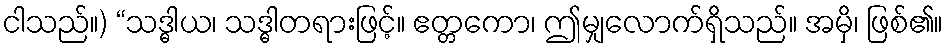
ငါသည်။) “သဒ္ဓါယ၊ သဒ္ဓါတရားဖြင့်။ ဧတ္တကော၊ ဤမျှလောက်ရှိသည်။ အမှိ၊ ဖြစ်၏။